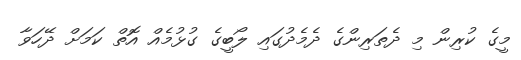
މީގެ ކުރިން މި ދެތަރިންގެ ދެމެދުގައި ލޯބީގެ ގުޅުމެއް އޮތް ކަމަށް ދޭހަވާ